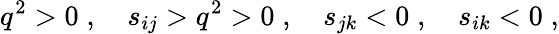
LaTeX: q^{2}>0\; ,\quad s_{ij}>q^{2}>0\; ,\quad s_{jk}<0\; ,\quad s_{ik}<0\; ,